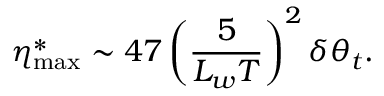
\eta _ { \mathrm { m a x } } ^ { * } \sim 4 7 \left( \frac { 5 } { L _ { w } T } \right) ^ { 2 } \delta \theta _ { t } .